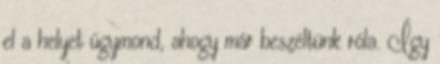
el a helyet úgymond, ahogy már beszéltünk róla. Így